Vaccination in Bombay 1874-1876 - 1874-1876
Year: 1874
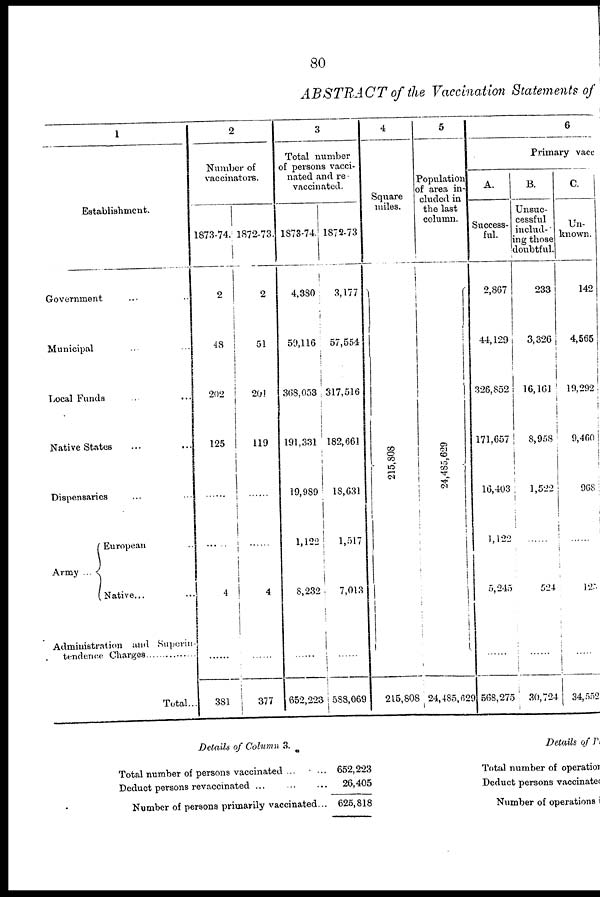
80
ABSTRACT of the Vaccination Statements of
1
Establishment.
Government ... ..
Municipal ... ...
Local Funds ... ...
Native States ... ...
Dispensaries ... ...
Army ...
European
Native...
Administration and Superin-
tendence Charges
Total...
2
Number of
vaccinators.
1873-74.
2
48
202
125
.......
.......
4
.......
381
1872-73.
2
51
201
119
.......
.......
4
.......
377
]
3
Total number
of persons vacci-
nated and re-
vaccinated.
1873-74.
4,380
59,116
368,053
191,331
19,989
1,122
8,232
.......
652,223
1872.73
3,177
57,554
317,516
182,661
18,631
1,517
7,013
.......
588,069
4
Square
miles.
215,808
215,808
5
Population
of area in-
cluded in
the last
column.
24,485,629
24,485,629
6
Primary vacc
A.
Success-
ful.
2,867
44,129
326,852
171,657
16,403
1,122
5,245
.......
568,275
B.
Unsuc-
cessful
includ¬
ing those
doubtful.
233
3,326
16,161
8,958
1,522
.......
524
.......
30,724
C.
Un-
known
142
4,565
19,292
9,460
968
.......
125
.......
34,552
Details of Column 3.
Total number of persons vaccinated ...
Deduct persons revaccinated
Number of persons primarily vaccinated...
652,223
26,405
625,818
Details of P
Total number of operation
Deduct persons vaccinated
Number of operations